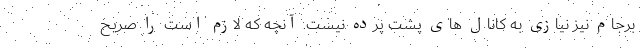
برجام نیز نیازی به کانال های پشت پرده نیست. آنچه که لازم است را صریح